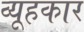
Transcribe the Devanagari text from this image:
व्यूहकार